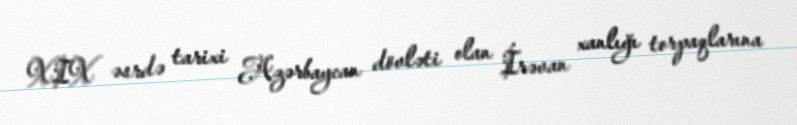
XIX əsrdə tarixi Azərbaycan dövləti olan İrəvan xanlığı torpaqlarına